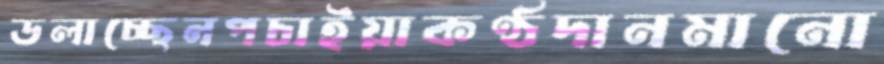
ডলাচ্ছেনপচাইয়াকণ্ঠদানমানো